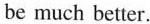
be much better.